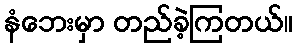
နံဘေးမှာ တည်ခဲ့ကြတယ်။